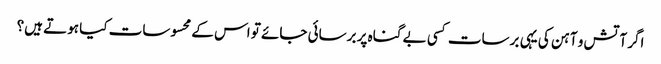
‏اگر آتش و آہن کی یہی برسات کسی بے گناہ پر برسائی جائے تو اس کے محسوسات کیا ہوتے ہیں؟